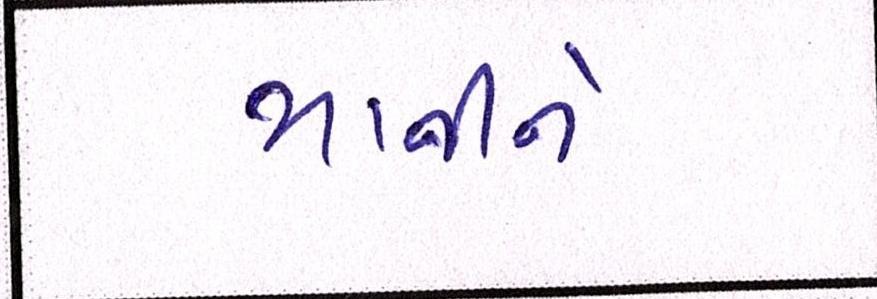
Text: માનીને